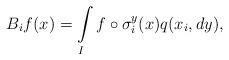
LaTeX: \begin{align*}B_i f(x)=\int\limits_I f \circ \sigma_i^y (x)q(x_i,dy),\end{align*}